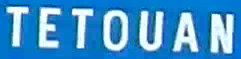
TETOUAN